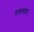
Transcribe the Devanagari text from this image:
राबत्यास